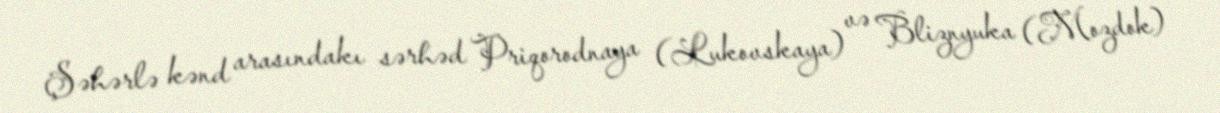
Şəhərlə kənd arasındakı sərhəd Priqorodnaya (Lukovskaya) və Bliznyuka (Mozdok)